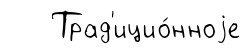
Трад'ицио́нноjе